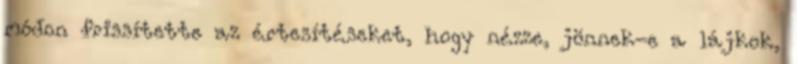
módon frissítette az értesítéseket, hogy nézze, jönnek-e a lájkok,